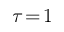
\tau \! = \! 1